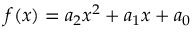
f ( x ) = a _ { 2 } x ^ { 2 } + a _ { 1 } x + a _ { 0 } \qquad